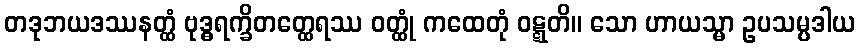
တဒုဘယဒဿနတ္ထံ ဗုဒ္ဓရက္ခိတတ္ထေရဿ ဝတ္ထုံ ကထေတုံ ဝဋ္ဋတိ။ သော ဟာယသ္မာ ဥပသမ္ပဒါယ